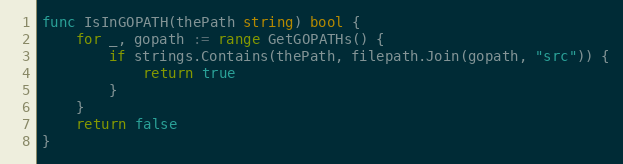
Language: Go
func IsInGOPATH(thePath string) bool {
	for _, gopath := range GetGOPATHs() {
		if strings.Contains(thePath, filepath.Join(gopath, "src")) {
			return true
		}
	}
	return false
}